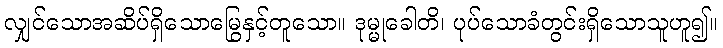
လျှင်သောအဆိပ်ရှိသောမြွေနှင့်တူသော။ ဒုမ္မုခေါတိ၊ ပုပ်သောခံတွင်းရှိသောသူဟူ၍။